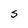
Character: S